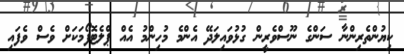
ކިޔުންތެރިންނާ ސަންގެ ނޫސްވެރީން ގުޅުވައިލަދޭ އެންމެ މުހިންމު އެއް ޕްލެޓޮފޯމަކަށް ވެސް ވެފައި